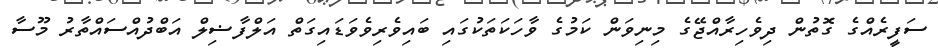
ސަފީރެއްގެ ގޮތުން ދިވެހިރާއްޖޭގެ މިނިވަން ކަމުގެ ވާހަކަތަކުގައި ބައިވެރިވެވަޑައިގަތް އަލްފާޟިލް އަބްދުއްސައްތާރު މޫސާ